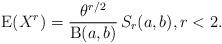
LaTeX: \begin{align*}\operatorname{E}(X^r)=\frac{\theta^{r/2}}{\operatorname{B}(a,b)}\,S_r(a,b),r<2.\end{align*}